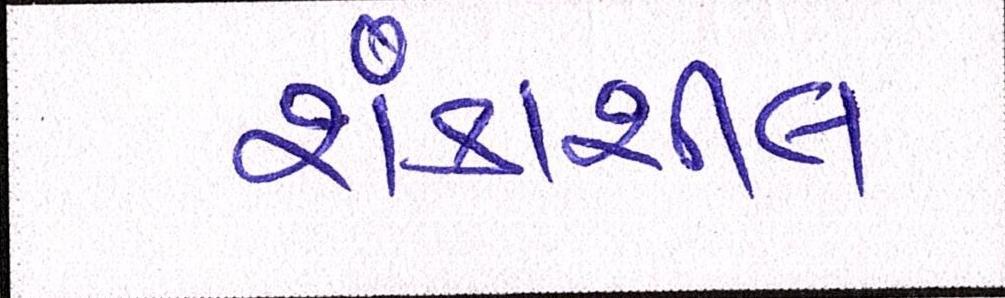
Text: શંકાશીલ